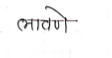
मजकूर: लावणे